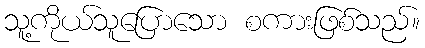
သူ့ကိုယ်သူပြောသော စကားဖြစ်သည်။